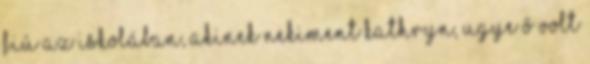
fiú az iskolában, akinek nekiment Kathryn, ugye ő volt